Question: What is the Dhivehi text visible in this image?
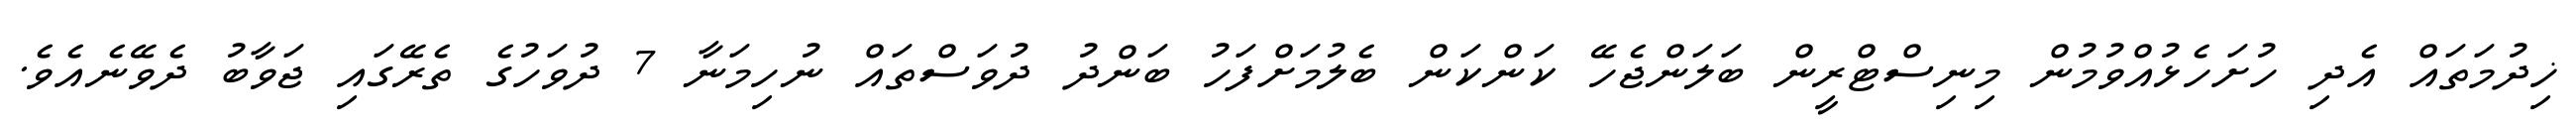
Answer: ޚިދުމަތައް އެދި ހުށަހެޅުއްވުމުން މިނިސްޓްރީން ބަލަންޖެހޭ ކަންކަން ބެލުމަށްފަހު ބަންދު ދުވަސްތައް ނުހިމަނާ 7 ދުވަހުގެ ތެރޭގައި ޖަވާބު ދެވޭނެއެވެ.